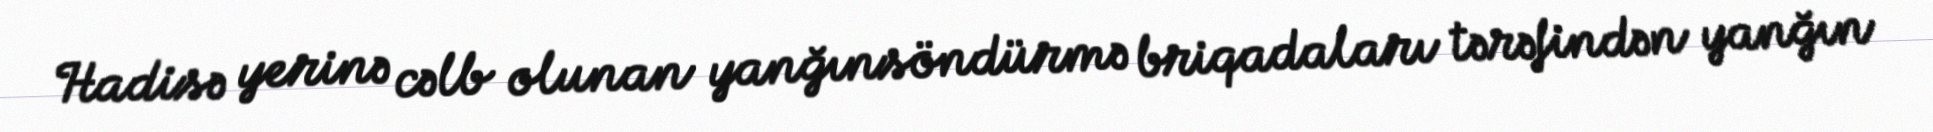
Hadisə yerinə cəlb olunan yanğınsöndürmə briqadaları tərəfindən yanğın